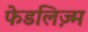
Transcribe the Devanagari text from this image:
फेडलिज़्म